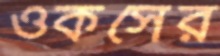
ওকসের